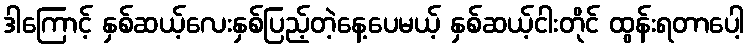
ဒါကြောင့် နှစ်ဆယ့်လေးနှစ်ပြည့်တဲ့နေ့ပေမယ့် နှစ်ဆယ့်ငါးတိုင် ထွန်းရတာပေါ့